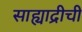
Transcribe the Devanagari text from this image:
साह्याद्रीची